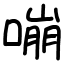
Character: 嘣